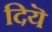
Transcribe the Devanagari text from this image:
दियॆ